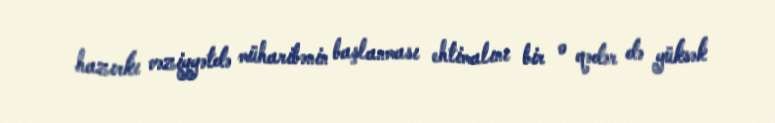
hazırkı vəziyyətdə müharibənin başlanması ehtimalını bir o qədər də yüksək